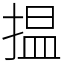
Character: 揾